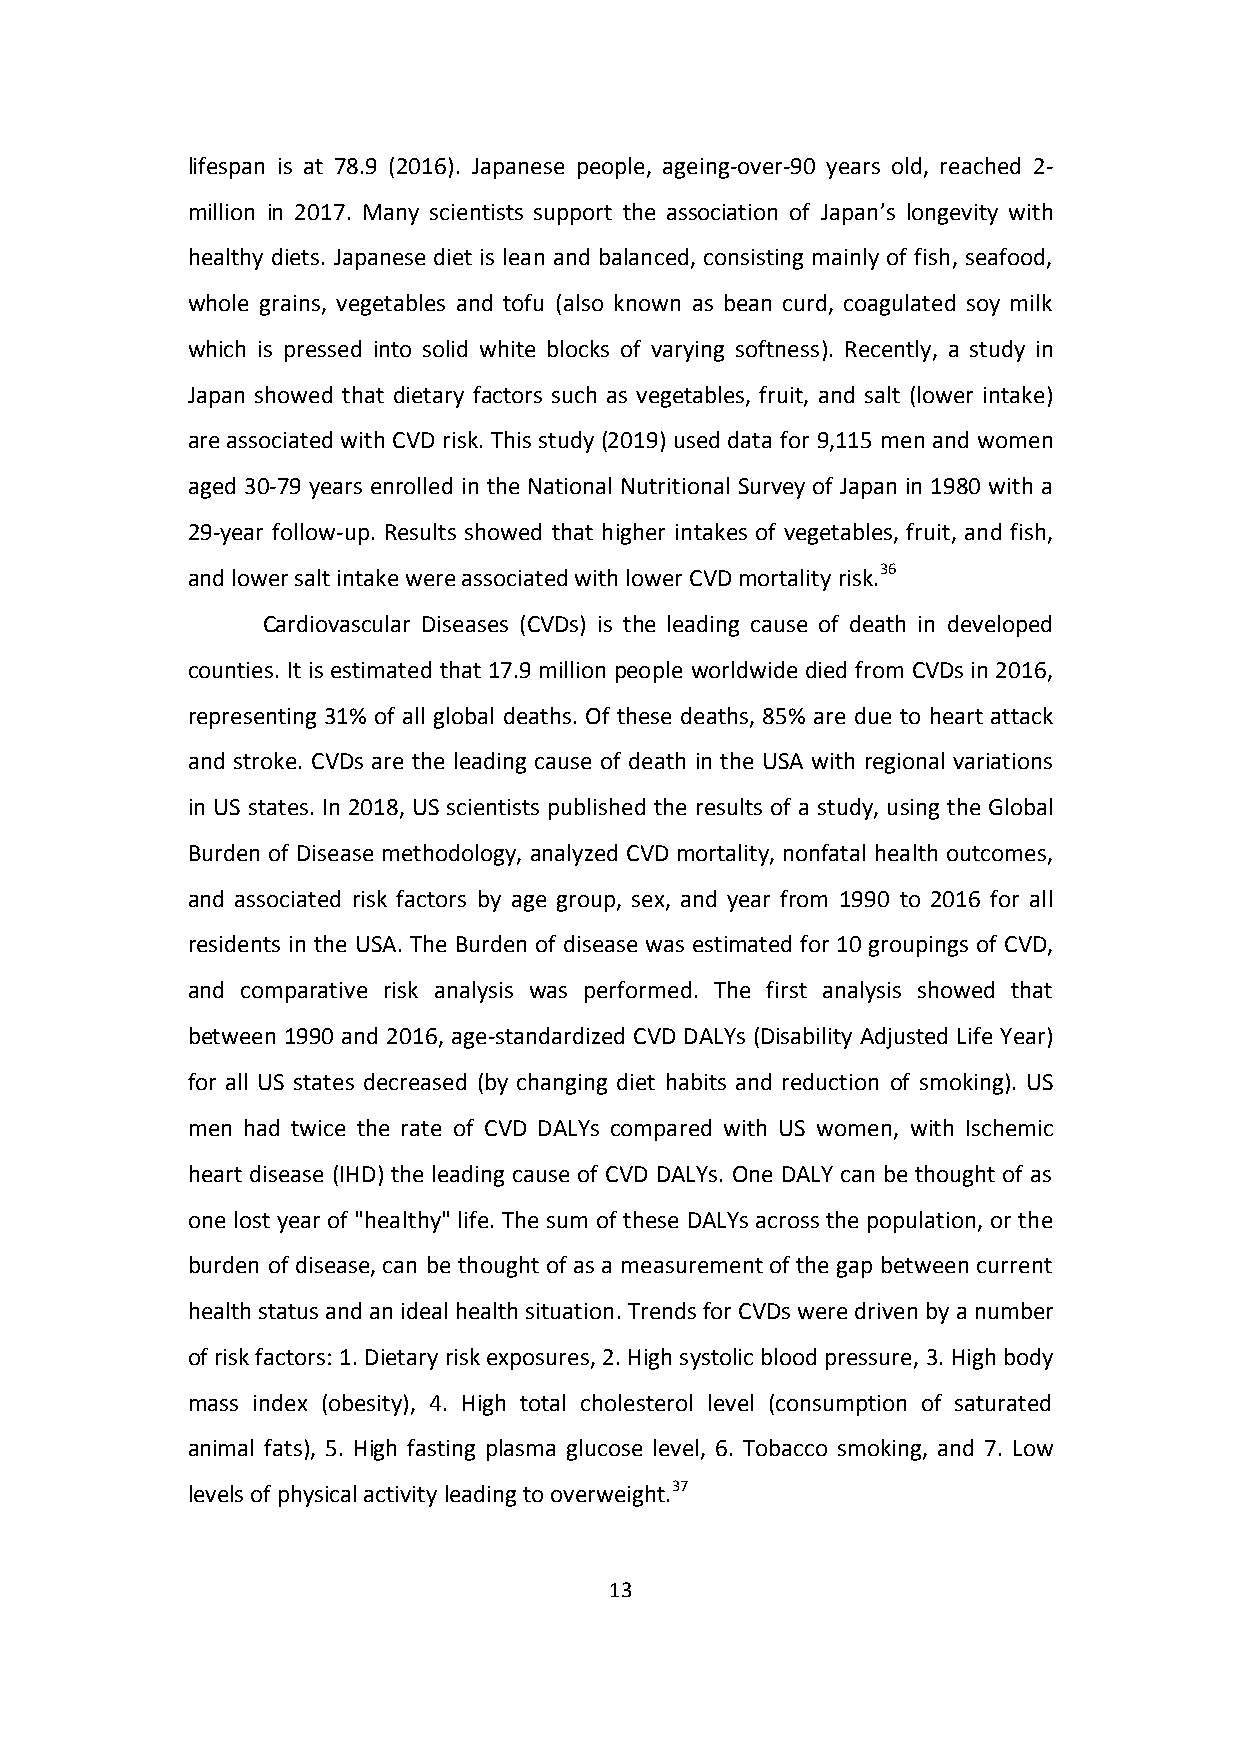
lifespan is at 78.9 (2016). Japanese people, ageing-over-90 years old, reached 2-
 million in 2017. Many scientists support the association of Japan’s longevity with
 healthy diets. Japanese diet is lean and balanced, consisting mainly of fish, seafood,
 whole grains, vegetables and tofu (also known as bean curd, coagulated soy milk
 which is pressed into solid white blocks of varying softness). Recently, a study in
 Japan showed that dietary factors such as vegetables, fruit, and salt (lower intake)
 are associated with CVD risk. This study (2019) used data for 9,115 men and women
 aged 30-79 years enrolled in the National Nutritional Survey of Japan in 1980 with a
 29-year follow-up. Results showed that higher intakes of vegetables, fruit, and fish,
 and lower salt intake were associated with lower CVD mortality risk.36
 Cardiovascular Diseases (CVDs) is the leading cause of death in developed
 counties. It is estimated that 17.9 million people worldwide died from CVDs in 2016,
 representing 31% of all global deaths. Of these deaths, 85% are due to heart attack
 and stroke. CVDs are the leading cause of death in the USA with regional variations
 in US states. In 2018, US scientists published the results of a study, using the Global
 Burden of Disease methodology, analyzed CVD mortality, nonfatal health outcomes,
 and associated risk factors by age group, sex, and year from 1990 to 2016 for all
 residents in the USA. The Burden of disease was estimated for 10 groupings of CVD,
 and comparative risk analysis was performed. The first analysis showed that
 between 1990 and 2016, age-standardized CVD DALYs (Disability Adjusted Life Year)
 for all US states decreased (by changing diet habits and reduction of smoking). US
 men had twice the rate of CVD DALYs compared with US women, with Ischemic
 heart disease (IHD) the leading cause of CVD DALYs. One DALY can be thought of as
 one lost year of "healthy" life. The sum of these DALYs across the population, or the
 burden of disease, can be thought of as a measurement of the gap between current
 health status and an ideal health situation. Trends for CVDs were driven by a number
 of risk factors: 1. Dietary risk exposures, 2. High systolic blood pressure, 3. High body
 mass index (obesity), 4. High total cholesterol level (consumption of saturated
 animal fats), 5. High fasting plasma glucose level, 6. Tobacco smoking, and 7. Low
 levels of physical activity leading to overweight.37
 13